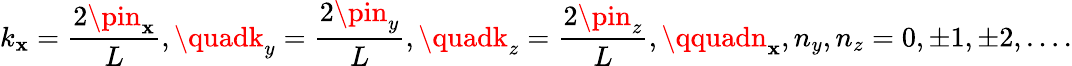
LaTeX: k_{\mathbf{x}}={\frac{{2\pin_{\mathbf{x}}}}{{L}}},\quadk_{y}={\frac{{2\pin_{y}}}{{L}}},\quadk_{z}={\frac{{2\pin_{z}}}{{L}}},\qquadn_{\mathbf{x}},n_{y},n_{z}=0,\pm1,\pm2,\ldots.